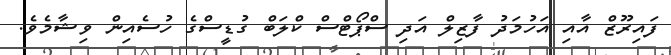
ފައިރޫޒް އާއި އަހުމަދު ފާޒިލް އަދި ސްޕޯޓްސް ކްލަބް ގުޑީސްގެ ހުސެއިން ވިޝާމެވެ.